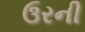
ઉરની